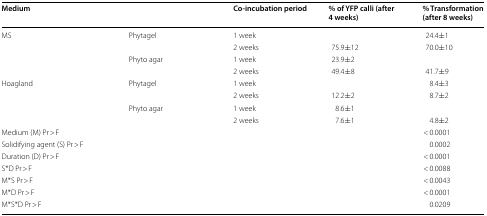
<table><thead><tr><td><b>Medium</b></td><td>[EMPTY_CELL]</td><td><b>Co-incubation period</b></td><td><b>% of YFP calli (after 4 weeks)</b></td><td><b>% Transformation (after 8 weeks)</b></td></tr></thead><tbody><tr><td rowspan="4">MS</td><td rowspan="2">Phytagel</td><td>1 week</td><td>[EMPTY_CELL]</td><td>24.4±1</td></tr><tr><td>2 weeks</td><td>75.9±12</td><td>70.0±10</td></tr><tr><td rowspan="2">Phyto agar</td><td>1 week</td><td>23.9±2</td><td>[EMPTY_CELL]</td></tr><tr><td>2 weeks</td><td>49.4±8</td><td>41.7±9</td></tr><tr><td rowspan="4">Hoagland</td><td rowspan="2">Phytagel</td><td>1 week</td><td>[EMPTY_CELL]</td><td>8.4±3</td></tr><tr><td>2 weeks</td><td>12.2±2</td><td>8.7±2</td></tr><tr><td rowspan="2">Phyto agar</td><td>1 week</td><td>8.6±1</td><td>[EMPTY_CELL]</td></tr><tr><td>2 weeks</td><td>7.6±1</td><td>4.8±2</td></tr><tr><td>Medium (M) Pr &gt; F</td><td>[EMPTY_CELL]</td><td>[EMPTY_CELL]</td><td>[EMPTY_CELL]</td><td>&lt; 0.0001</td></tr><tr><td>Solidifying agent (S) Pr &gt; F</td><td>[EMPTY_CELL]</td><td>[EMPTY_CELL]</td><td>[EMPTY_CELL]</td><td>0.0002</td></tr><tr><td>Duration (D) Pr &gt; F</td><td>[EMPTY_CELL]</td><td>[EMPTY_CELL]</td><td>[EMPTY_CELL]</td><td>&lt; 0.0001</td></tr><tr><td>S*D Pr &gt; F</td><td>[EMPTY_CELL]</td><td>[EMPTY_CELL]</td><td>[EMPTY_CELL]</td><td>&lt; 0.0088</td></tr><tr><td>M*S Pr &gt; F</td><td>[EMPTY_CELL]</td><td>[EMPTY_CELL]</td><td>[EMPTY_CELL]</td><td>&lt; 0.0043</td></tr><tr><td>M*D Pr &gt; F</td><td>[EMPTY_CELL]</td><td>[EMPTY_CELL]</td><td>[EMPTY_CELL]</td><td>&lt; 0.0001</td></tr><tr><td>M*S*D Pr &gt; F</td><td>[EMPTY_CELL]</td><td>[EMPTY_CELL]</td><td>[EMPTY_CELL]</td><td>0.0209</td></tr></tbody></table>